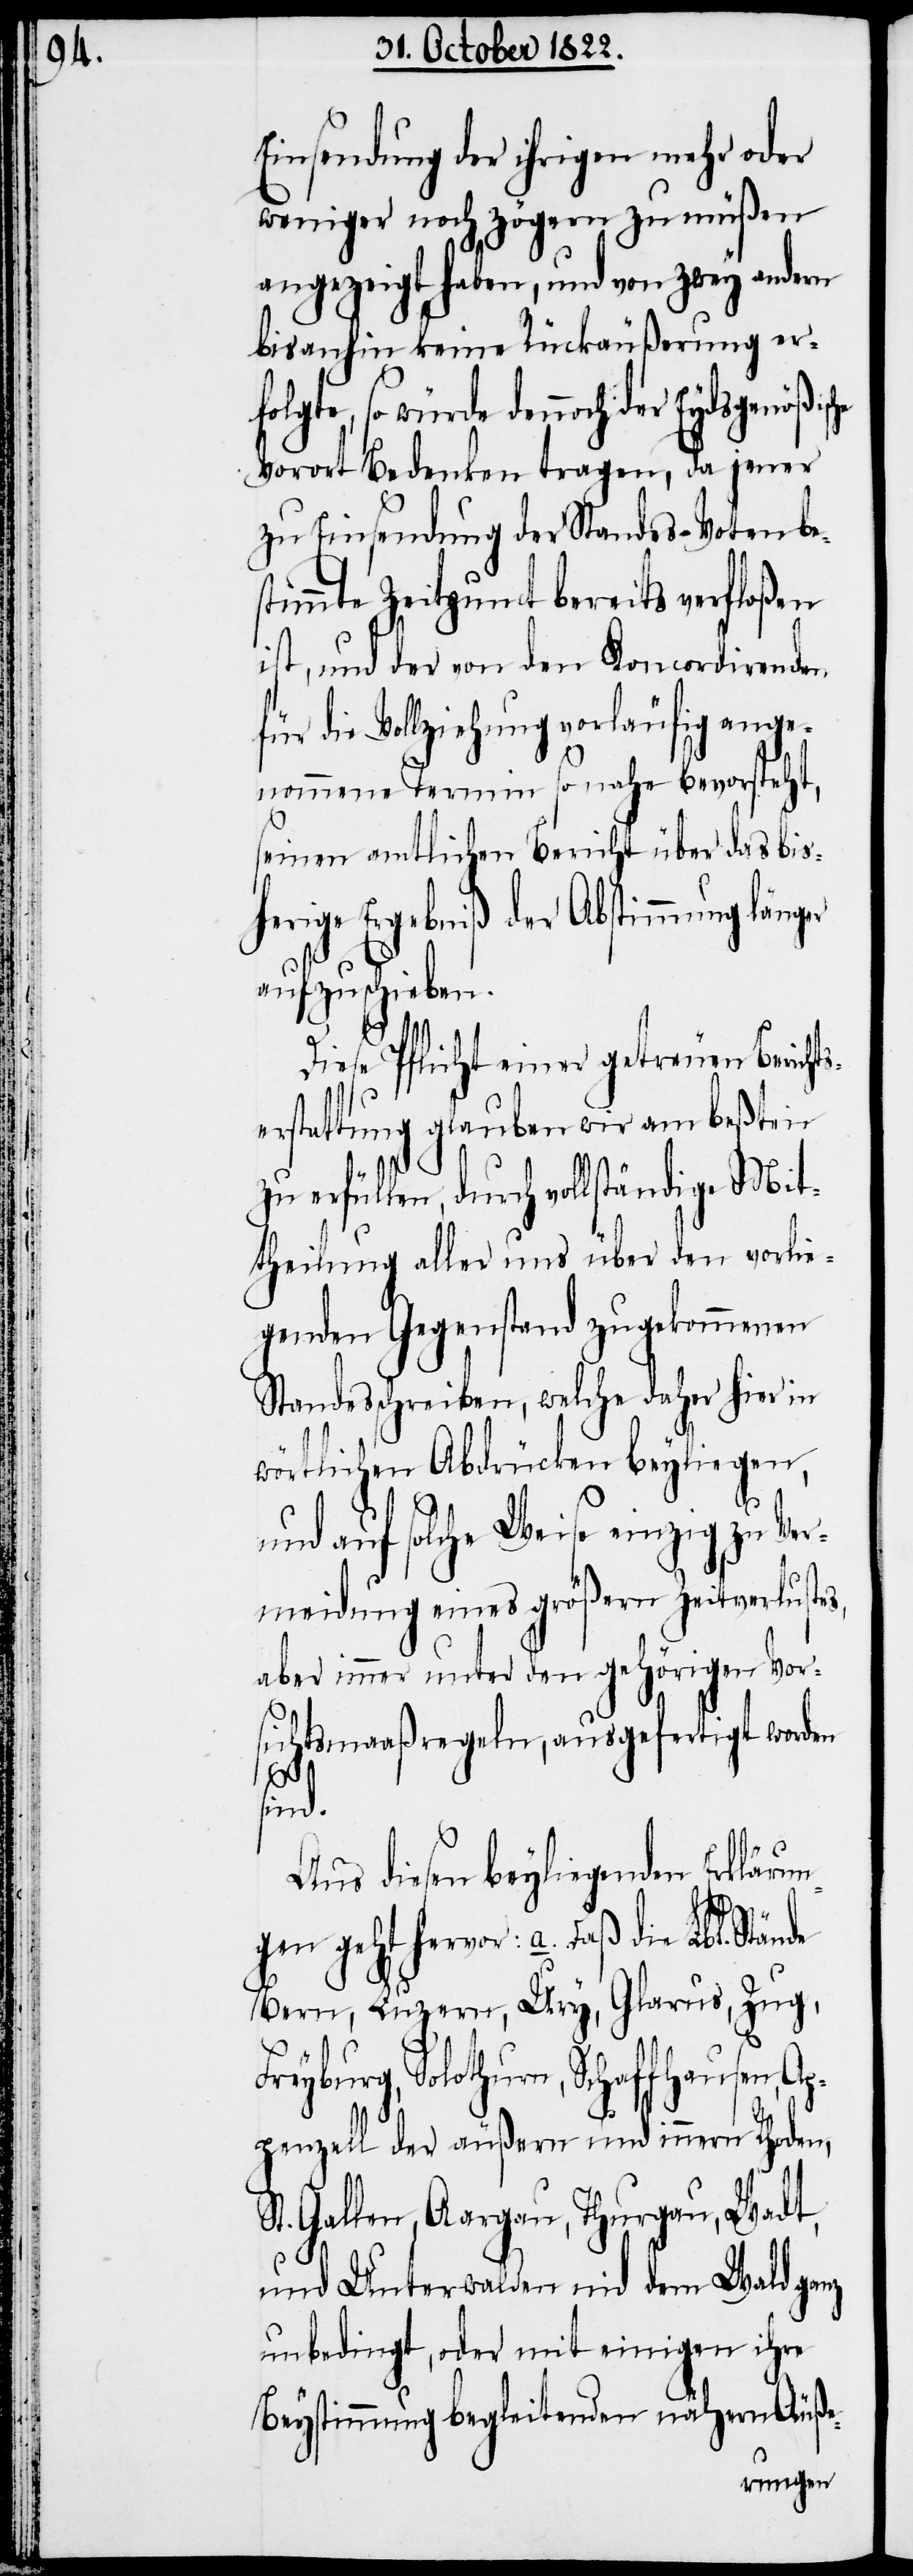
che

Einsendung der ihrigen mehr oder
weniger noch zögern zu müßen
angezeigt haben, und von zwey andern
bisanhin keine Rückäußerung er¬
würde dennoch der Eydsgenößis¬
Vorort Bedenken tragen, da jener
zu Einsendung der Standes-Voten be¬
timmte Zeitpunct bereits verfloßen
ist, und der von den Koncordirenden
für die Vollziehung vorläufig ange¬
nommene Termin so nahe bevorsteht,
seinen amtlichen Bericht über das bis¬
herige Ergebniß der Abstimmung länger
aufzuschieben.
s¬
Diese Pflicht einer getreuen Bericht¬
folgte,
serstattung glauben wir am beßten
zu erfüllen, durch vollständige Mit¬
theilung aller uns über den vorlie¬
genden Gegenstand zugekommenen
Standesschreiben, welche daher hier in
wörtlichen Abdrücken beyliegen,
und auf solche Weise einzig zu Ver¬
meidung eines größern Zeitverlustes,
aber immer unter den gehörigen Vor¬
sichtsmaaßregeln, ausgefertigt worden
sind.
Aus diesen beyliegenden Erklärun¬
gen geht hervor: a. Daß die Lbl.
Bern, Luzern, Ury, Glarus, Zug,
Freyburg, Solothurn, Schaffhausen, Ap¬
penzell der äußern und innern Rhoden,
St. Gallen, Aargau, Thurgau, Wadt,
und Unterwalden nid dem Wald ganz
unbedingt, oder mit einigen ihre
Beystimmung begleitenden nähern Äuße-